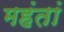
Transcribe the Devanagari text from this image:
महंतां